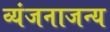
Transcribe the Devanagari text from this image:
व्यंजनाजन्य